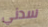
سدني